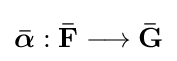
{\boldsymbol {\bar {\alpha }}}:\mathbf {{\bar {F}}\longrightarrow {\bar {G}}}